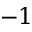
- 1